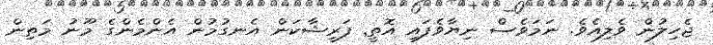
ޖެހިލުން ވެލިއެވެ. ނަމަވެސް ނިޔާވެފައި އޮތީ